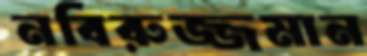
নবিরুজ্জমান